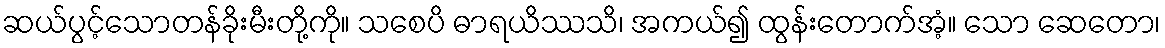
ဆယ်ပွင့်သောတန်ခိုးမီးတို့ကို။ သစေပိ ဓာရယိဿသိ၊ အကယ်၍ ထွန်းတောက်အံ့။ သော ဆေတော၊